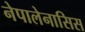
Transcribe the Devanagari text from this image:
नेपालेनासिस